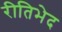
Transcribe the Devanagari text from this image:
रीतिभेद